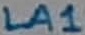
Text: LA1